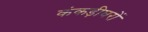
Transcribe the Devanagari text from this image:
कंकड़ीघरों